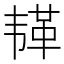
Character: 𫠅